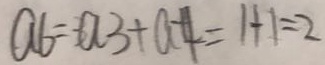
a 6 = a 3 + a 4 = 1 + 1 = 2